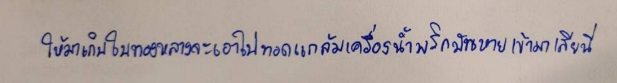
ให้มาเก็บใบทองหลางจะเอาไปทอดแกล้มเครื่องน้ำพริกมันหายเข้ามาเสียนี่